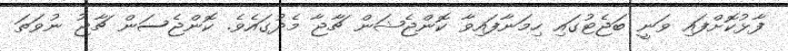
ފާޅުކޮށްފައި ވަނީ ބަޖެޓުގައި ހިމަނާފައިވާ ކޮންޖެޝަން ޗާޖާ މެދުގައެވެ. ކޮންޖެސަން ޗާޖު ނުވަތަ